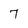
Character: 7